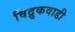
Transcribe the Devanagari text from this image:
विद्रुकवाडी